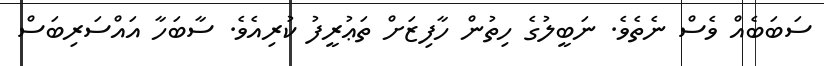
ސަބަބެއް ވެސް ނެތެވެ. ނަބީލުގެ ހިތުން ހާފިޒަށް ތަޢުރީފު ކުރިއެވެ. ސާބަހާ އައްސަރިބަސް